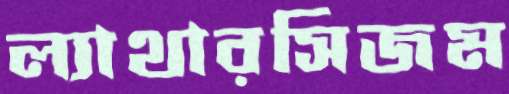
ল্যাথারসিজম